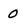
Character: 0